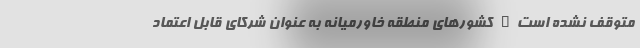
متوقف نشده است… کشورهای منطقه خاورمیانه به عنوان شرکای قابل اعتماد